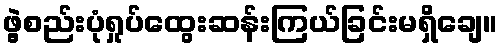
ဖွဲ့စည်းပုံရှုပ်ထွေးဆန်းကြယ်ခြင်းမရှိချေ။